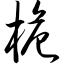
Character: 桅